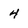
Character: 4